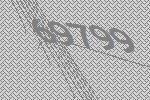
69799